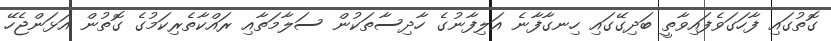
ގޮތުގައި ފާހަގަވެފައިވާތީ ބަދިގޭގައި ހިނގާފާނެ އަލިފާނުގެ ހާދިސާތަކުން ސަލާމަތާއި ރައްކާތެރިކަމުގެ ގޮތުން އަޅަންޖެހޭ